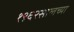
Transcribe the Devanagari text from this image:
१९६२सालच्या